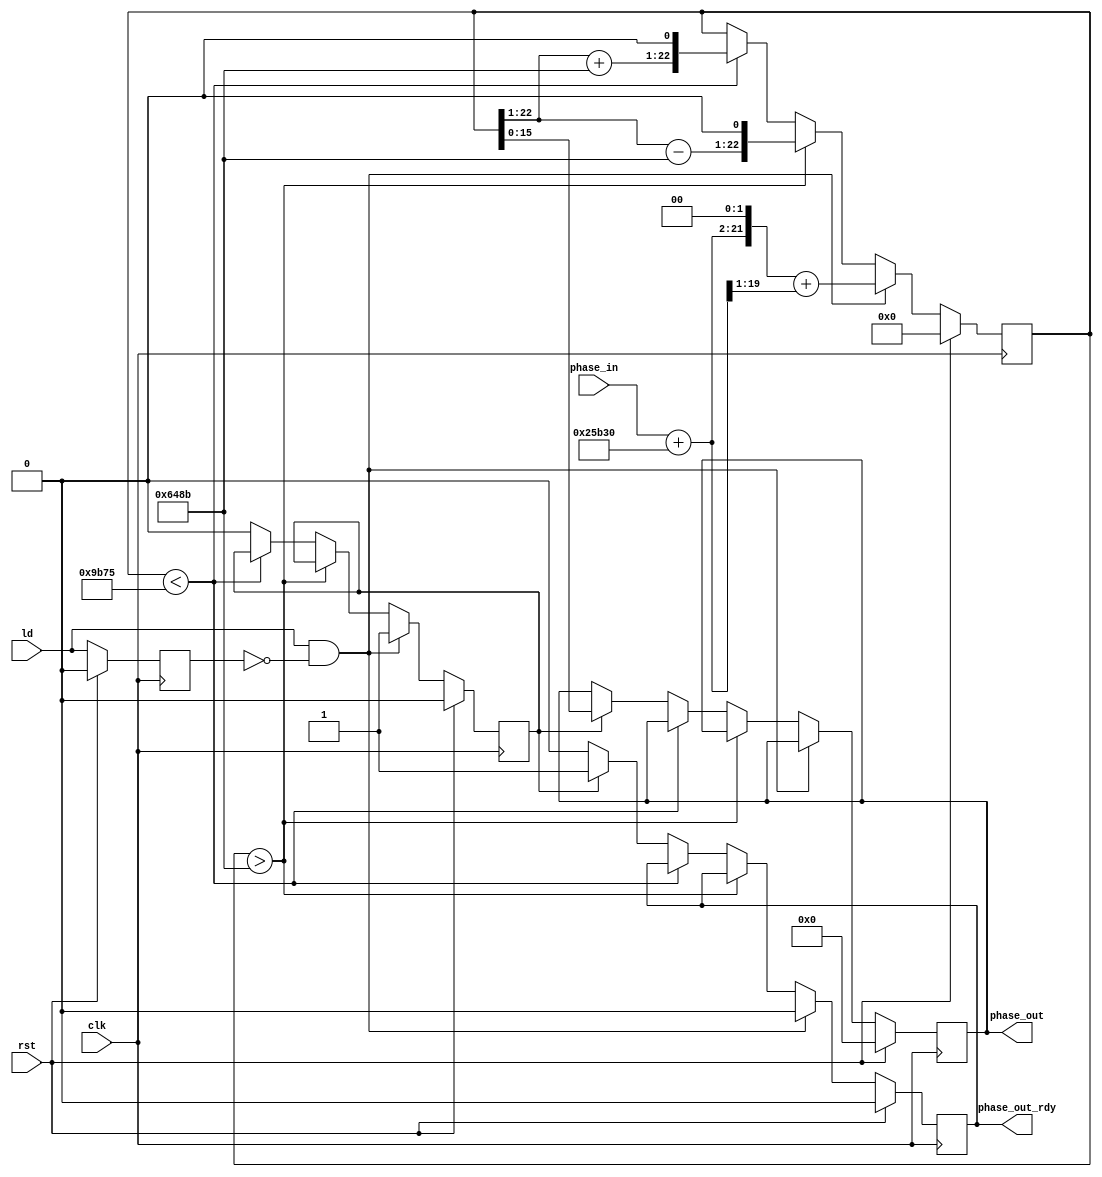
`timescale 1ns / 1ps
//////////////////////////////////////////////////////////////////////////////////
// Company: 
// Engineer: 
// 
// Design Name: 
// Module Name:    PhaseAddOffset 
// Project Name: 
// Target Devices: 
// Tool versions: 
// Description: 
//
// Dependencies: 
//
// Revision: 
// Revision 0.01 - File Created
// Additional Comments: 
//
//////////////////////////////////////////////////////////////////////////////////
module PhaseAddOffset(
	 input clk,
    input rst,
    input ld,
    input [15:0] phase_in, 	// phase in from phase translation in format 3.13
    output reg [15:0] phase_out,	// phase offset out for compensating short symbol in format 3.13
    output reg phase_out_rdy
    );
parameter Pi  	  	  	 =  16'h648B;		//pi in 3Q16 (format 3.13)
parameter ifre_off_L  =  19'h25B30;		//pre integer frequency offset * M=64 in 6Q19 (format 6.13) = -(2*pi*n_off / NFFT) * M; 
													//n_off is chosen -12 to limit frequency offset -14:18 normalized frequency offset
reg ld_pp;

always @(posedge clk)
begin
	if(rst)		ld_pp <= 1'b0; 
	else 			ld_pp <= ld;
end

wire signed [19:0] adj_phase_in;		// adjusted phase in for pre-added integer frequency offset; = angle(P) - 2*pi*n_off * L / NFFT = phase_in + ifre_off
												// in format 7.13
assign adj_phase_in = $signed({{3{phase_in[15]}}, phase_in}) + $signed(ifre_off_L);
reg signed [22:0] phase;				// in format 10.13
wire signed [22:0] phase_adj1 = ($signed(phase >>> 1) - $signed(Pi)) <<1;
wire signed [22:0] phase_adj2 = ($signed(phase >>> 1) + $signed(Pi)) <<1;

reg 	phase_adj_run;
always @(posedge clk)
begin
	if(rst)		begin
		phase 			<= 25'd0;
		phase_out_rdy	<= 1'b0;
		phase_out		<= 16'd0;
		phase_adj_run  <= 1'b0;
	end
	else if (ld & (~ld_pp))begin
		phase 			<= $signed({adj_phase_in, 2'd0}) + $signed({{3{adj_phase_in[19]}}, adj_phase_in[19:1]});  //= (angle(P)/L + 2*pi*n_off / NFFT)*288
		phase_out_rdy	<= 1'b0;
		phase_adj_run  <= 1'b1;
	end
	else if ($signed(phase) > $signed(Pi))  phase <= phase_adj1; 
	else if ($signed(phase) < $signed(-Pi)) phase <= phase_adj2; 
	else if (phase_adj_run)	begin
		phase_out <=  phase[15:0];	
		phase_out_rdy  <= 1'b1;			
		phase_adj_run  <= 1'b0;
	end
	else phase_out_rdy  <= 1'b0;	
end

endmodule